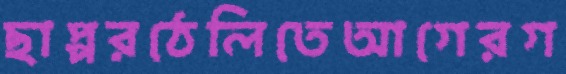
ছাপ্পরঠেলিতেআগেরগ